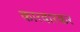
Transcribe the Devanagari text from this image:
कारवारकर